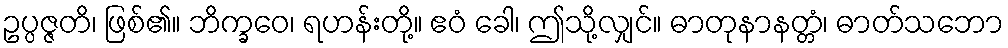
ဥပ္ပဇ္ဇတိ၊ ဖြစ်၏။ ဘိက္ခဝေ၊ ရဟန်းတို့။ ဧဝံ ခေါ၊ ဤသို့လျှင်။ ဓာတုနာနတ္တံ၊ ဓာတ်သဘော